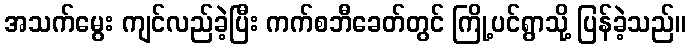
အသက်မွေး ကျင်လည်ခဲ့ပြီး ကက်စဘီခေတ်တွင် ကြို့ပင်ရွာသို့ ပြန်ခဲ့သည်။